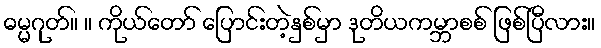
ဓမ္မဂုတ်။ ။ ကိုယ်တော် ပြောင်းတဲ့နှစ်မှာ ဒုတိယကမ္ဘာစစ် ဖြစ်ပြီလား။